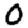
Digit: 0